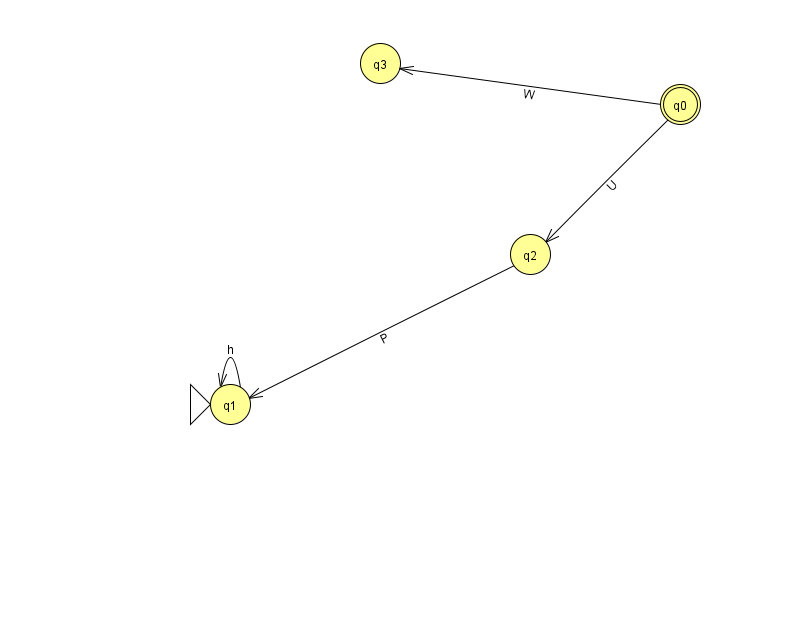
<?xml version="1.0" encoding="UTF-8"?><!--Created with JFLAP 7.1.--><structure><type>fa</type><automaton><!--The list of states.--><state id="0" name="q0"><x>680.0</x><y>91.0</y><final/></state><state id="1" name="q1"><x>230.0</x><y>391.0</y><initial/></state><state id="2" name="q2"><x>530.0</x><y>241.0</y></state><state id="3" name="q3"><x>380.0</x><y>50.0</y></state><!--The list of transitions.--><transition><from>0</from><to>2</to><read>U</read></transition><transition><from>0</from><to>3</to><read>W</read></transition><transition><from>1</from><to>1</to><read>h</read></transition><transition><from>2</from><to>1</to><read>P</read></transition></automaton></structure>